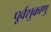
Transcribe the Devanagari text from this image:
पूर्वशुक्राणु